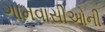
ગામવાસીઓની